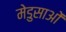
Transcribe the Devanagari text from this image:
मेडुसाओं